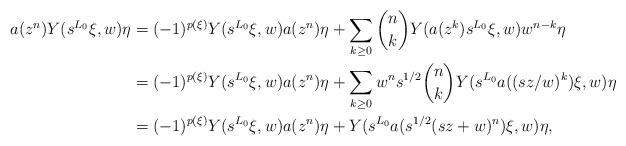
LaTeX: \begin{align*}a(z^n)Y(s^{L_0}\xi,w)\eta &= (-1)^{p(\xi)}Y(s^{L_0}\xi,w)a(z^n)\eta + \sum_{k \ge 0} \binom{n}{k} Y(a(z^k)s^{L_0}\xi,w)w^{n-k}\eta\\&= (-1)^{p(\xi)}Y(s^{L_0}\xi,w)a(z^n)\eta + \sum_{k \ge 0} w^{n}s^{1/2} \binom{n}{k} Y(s^{L_0}a((sz/w)^k)\xi,w)\eta\\&= (-1)^{p(\xi)}Y(s^{L_0}\xi,w)a(z^n)\eta + Y(s^{L_0}a(s^{1/2}(sz+w)^n)\xi, w)\eta,\end{align*}